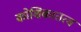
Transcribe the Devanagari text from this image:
कोशिकातत्व